Report of the Imperial Institute of Veterinary Research, Muktesar
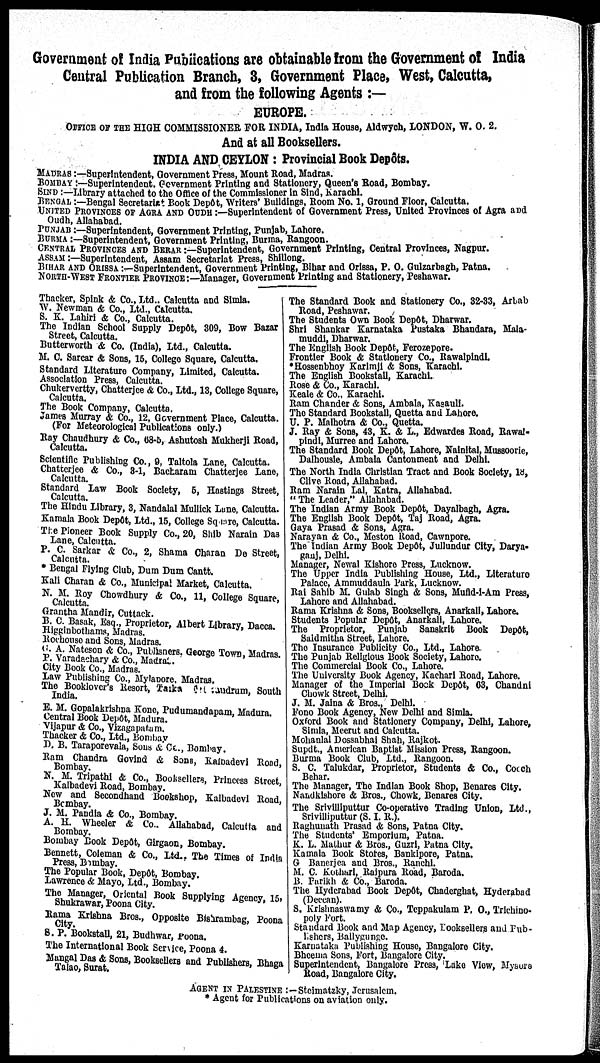
Government of India Publications are obtainable from the Government of India
Central Publication Branch, 3, Government Place, West, Calcutta,
and from the following Agents : —
EUROPE.
OFFICE OF THE HIGH COMMISSIONER FOR INDIA, India House, Aldwych, LONDON, W. O. 2.
And at all Booksellers.
INDIA AND CEYLON : Provincial Book Depôts.
MADRAS :―Superintendent, Government Press, Mount Road, Madras.
BOMBAY :—Superintendent. Government Printing and Stationery, Queen's Road, Bombay.
SIND :—Library attached to the Office of the Commissioner in Sind, Karachi.
BENGAL :—Bengal Secretarist Book Depôt, Writers' Buildings, Room No. 1, Ground Floor, Calcutta.
UNITED PROVINCES OF AGRA AND OUDH :—Superintendent of Government Press, United Provinces of Agra and
Oudh, Allahabad.
PUNJAB :—Superintendent, Government Printing, Punjab, Lahore.
BURMA :—Superintendent, Government Printing, Burma, Rangoon.
CENTRAL PROVINCES AND BERAR :—Superintendent, Government Printing, Central Provinces, Nagpur.
ASSAM :—Superintendent, Assam Secretariat Press, Shillong.
BIHAR AND ORISSA :—Superintendent, Government Printing, Bihar and Orissa, P. O. Gulzarbagh, Patna.
NORTH-WEST FRONTIER PROVINCE :—Manager, Government Printing and Stationery, Peshawar.
Thacker, Spink & Co., Ltd.. Calcutta and Simla.
W. Newman & Co., Ltd., Calcutta.
S. K. Lahiri & Co., Calcutta.
The Indian School Supply Depôt, 309, Bow Bazar
Street, Calcutta.
Butterworth & Co. (India), Ltd., Calcutta.
M. C. Sarcar & Sons, 15, College Square, Calcutta.
Standard Literature Company, Limited, Calcutta.
Association Press, Calcutta.
Chukervertty, Chatterjee & Co., Ltd., 13, College Square,
Calcutta.
The Book Company, Calcutta.
James Murray & Co., 12, Government Place, Calcutta.
(For Meteorological Publications only.)
Ray Chaudhury & Co., 68-5, Ashutosh Mukherji Road,
Calcutta.
Scientific Publishing Co., 9, Taltola Lane, Calcutta.
Chatterjee & Co., 3-1, Bacharam Chatterjee Lane,
Calcutta.
Standard Law Book Society, 5, Hastings Street,
Calcutta.
The Hindu Library, 3, Nandalal Mullick Lane, Calcutta.
Kamala Book Depôt, Ltd., 15, College Square, Calcutta.
The Pioneer Book Supply Co., 20, Shib Narain Das
Lane, Calcutta.
P. C. Sarkar & Co., 2, Shama Charan De Street,
Calcutta.
* Bengal Flying Club, Dum Dum Cantt.
Kali Charan & Co., Municipal Market, Calcutta.
N. M. Roy Chowdhury & Co., 11, College Square,
Calcutta.
Grantha Mandir, Cuttack.
B. C. Basak, Esq., Proprietor, Albert Library, Dacca.
Higginbothams, Madras.
Rochouse and Sons, Madras.
G. A. Nateson & Co., Publisher, George Town, Madras.
P. Varadachary & Co., Madras.
City Book Co., Madras.
Law Publishing Co., Mylapore, Madras.
The Booklover's Resort, Taika Trivandrum, South
India.
E. M. Gopalakrishna Kone, Pudumandapam, Madura.
Central Book Depôt, Madura.
Vijapur & Co., Vizagapatam.
Thacker & Co., Ltd., Bombay
D. B. Taraporevala, Sons & Co., Bombay.
Ram Chandra Govind & Sons, Kalbadevi Road,
Bombay. N. M. Tripathi & Co., Booksellers, Princess Street,
Kalbadevi
Road,
Bombay.
New and Secondhand Bookshop, Kalbadevi Road,
Bombay.
J. M. Pandla & Co., Bombay.
A. H. Wheeler & Co., Allahabad, Calcutta and
Bombay.
Bombay Book Depôt, Girgaon, Bombay.
Bennett, Coleman & Co., Ltd., The Times of India
Press, Bombay.
The Popular Book, Depôt, Bombay.
Lawrence & Mayo, Ltd., Bombay.
The Manager, Oriental Book Supplying Agency, 15,
Shukrawar, Poona City.
Rama Krishna Bros., Opposite Bishrambag, Poona
City.
S. P. Bookstall, 21, Budhwar, Poona.
The International Book Service, Poona 4.
Mangal Das & Sons, Booksellers and Publishers, Bhaga
Talao, Surat.
The Standard Book and Stationery Co., 32-33, Arbab
Road, Peshawar.
The Students Own Book Depôt, Dharwar.
Shri Shankar Karnataka Pustaka Bhandara, Mala-
muddi, Dharwar.
The English Book Depôt, Ferozepore.
Frontier Book & Stationery Co., Rawalpindi.
*Hossenbhoy Karimji & Sons, Karachi.
The English Bookstall, Karachi.
Rose & Co., Karachi.
Keale & Co., Karachi.
Ram Chander & Sons, Ambala, Kasauli.
The Standard Bookstall, Quetta and Lahore.
U. P. Malhotra & Co., Quetta.
J. Ray & Sons, 43, K. & L., Edwardes Road, Rawal-
pindi, Murree and Lahore.
The Standard Book Depôt, Lahore, Nainital, Mussoorie,
Dalhousie, Ambala Cantonment and Delhi.
The North India Christian Tract and Book Society, 18,
Clive Road, Allahabad.
Ram Narain Lal, Katra, Allahabad.
" The Leader," Allahabad.
The Indian Army Book Depôt, Dayalbagh, Agra.
The English Book Depôt, Taj Road, Agra.
Gaya Prasad & Sons, Agra.
Narayan & Co., Meston Road, Cawnpore.
The Indian Army Book Depôt, Jullundur City, Darya¬
ganj, Delhi.
Manager, Newal Kishore Press, Lucknow.
The Upper India Publishing House, Ltd., Literature
Palace, Ammuddaula Park, Lucknow.
Rai Sahib M. Gulab Singh & Sons, Mufid-i-Am Press,
Lahore and Allahabad.
Rama Krishna & Sons, Booksellers, Anarkali, Lahore.
Students Popular Depôt, Anarkali, Lahore.
The Proprietor, Punjab Sanskrit Book Depôt,
Saldmitha Street, Lahore.
The Insurance Publicity Co., Ltd., Lahore
The Punjab Religious Book Society, Lahore,
The Commercial Book Co., Lahore.
The University Book Agency, Kachari Road, Lahore.
Manager of the Imperial Book Depôt, 63, Chandni
Chowk Street, Delhi.
J. M. Jalna & Bros., Delhi.
Fono Book Agency, New Delhi and Simla.
Oxford Book and Stationery Company, Delhi, Lahore,
Simla, Meerut and Calcutta.
Mohanlal Dossabhai Shah, Rajkot.
Supdt., American Baptist Mission Press, Rangoon.
Burma Book Club, Ltd., Rangoon.
S. C. Talukdar, Proprietor, Students & Co., Cocch
Behar.
The Manager, The Indian Book Shop, Benares City.
Nandkishore & Bros., Chowk, Benares City.
The Srivilliputtur Co-operative Trading Union, Ltd.,
Srivilliputtur (S. I. R.).
Raghunath Prasad & Sons, Patna City.
The Students' Emporium, Patna.
K. L. Mathur & Bros., Guzri, Patna City.
Kamala Book Stores, Bankipore, Patna.
G Banerjea and Bros., Ranchi.
M. C. Kothari, Rajpura Road, Baroda.
B. Parikh & Co., Baroda.
The Hyderabad Book Depôt, Chaderghat, Hyderabad
(Deccan).
S. Krishnaswamy & Co., Teppakulam P. O., Trichino¬
poly Fort.
Standard Book and Map Agency, Booksellers and Pub-
lishers, Ballygunge.
Karnataka Publishing House, Bangalore City.
Bheema Sons, Fort, Bangalore City.
Superintendent, Bangalore Press, Lake View, Mysore
Road, Bangalore City.
AGENT IN PALESTINE :― Steimatzky, Jerusalem.
* Agent for Publications on aviation only.